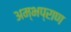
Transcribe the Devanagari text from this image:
अम्भप्राण